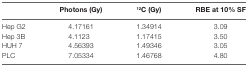
|  | Photons (Gy) | 12C (Gy) | RBE at 10% SF |
 | --- | --- | --- | --- |
 | Hep G2 | 4.17161 | 1.34914 | 3.09 |
 | Hep 3B | 4.1123 | 1.17415 | 3.50 |
 | HUH 7 | 4.56393 | 1.49346 | 3.05 |
 | PLC | 7.05334 | 1.46768 | 4.80 |